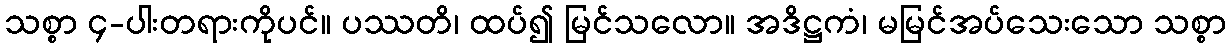
သစ္စာ ၄-ပါးတရားကိုပင်။ ပဿတိ၊ ထပ်၍ မြင်သလော။ အဒိဋ္ဌကံ၊ မမြင်အပ်သေးသော သစ္စာ